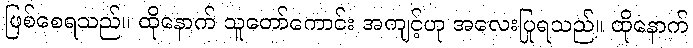
ဖြစ်စေရသည်။ ထိုနောက် သူတော်ကောင်း အကျင့်ဟု အလေးပြုရသည်။ ထိုနောက်